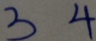
3 4